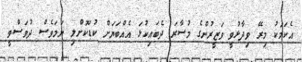
އެކަމަކު މިރޭ ވިދާޅުވީ ވަޒީރުންގެ މުސާރަ ދެބައިކުޅަ އެއްބަޔަށް ކުޑަކޮށްލި ނަމަވެސް ދުވަސްވީ